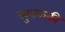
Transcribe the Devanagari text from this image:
खुराककी